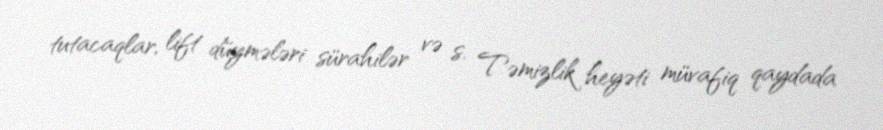
tutacaqlar, lift düymələri sürahilər və s. Təmizlik heyəti müvafiq qaydada